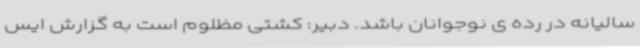
سالیانه در رده ی نوجوانان باشد. دبیر: کشتی مظلوم است به گزارش ایس